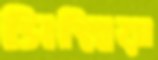
সিল্লিয়া